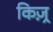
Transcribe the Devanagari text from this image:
किज़्र